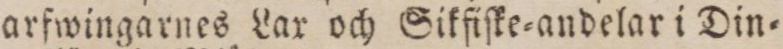
arfwingarnes Lax och Sikfiſke=andelar i Din=